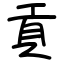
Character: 貢